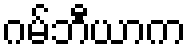
ဂမ်ဘီယာက